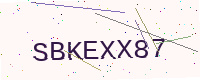
Text: SBKEXX87